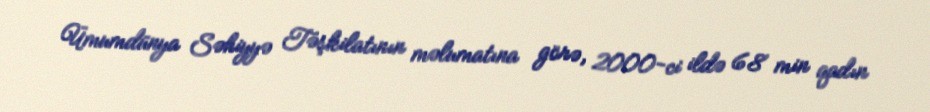
Ümumdünya Səhiyyə Təşkilatının məlumatına görə, 2000-ci ildə 68 min qadın